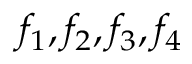
f _ { 1 } , f _ { 2 } , f _ { 3 } , f _ { 4 }